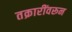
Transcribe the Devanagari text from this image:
तक्रारींवरून